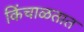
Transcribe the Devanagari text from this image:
किंचाळतात